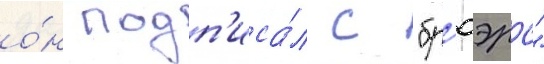
о́н подп'иса́л с "бр'юэрс"